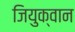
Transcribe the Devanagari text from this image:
जियुक्वान